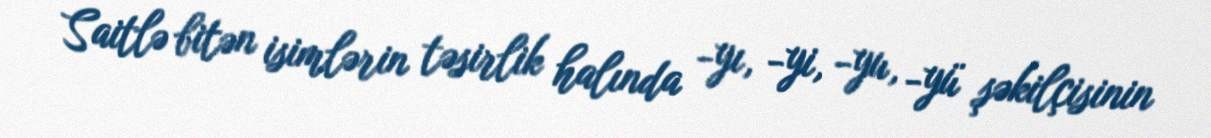
Saitlə bitən isimlərin təsirlik halında -yı, -yi, -yu, -yü şəkilçisinin